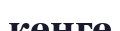
кенге